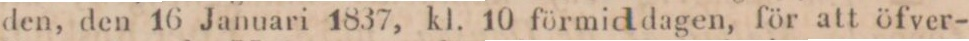
den, den 16 Januari 1837, kl. 10 förmid dagen, för att öfver-